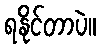
ရနိုင်တာပဲ။